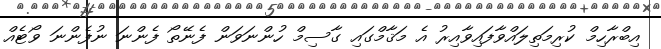
އިބްރާހިމް ކުރިމަތިލައްވާފައިވާއިރު އެ މަޤާމްގައި ގާސިމް ހުންނަވަން ފެނޭތޯ ފެންނަ ނުފެންނަ ވޯޓެއް